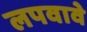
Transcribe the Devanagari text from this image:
लपवावे